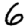
Digit: 6